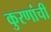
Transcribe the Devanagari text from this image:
कुरणांची